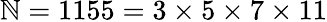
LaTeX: \mathbb{N}=1155=3\times5\times7\times11